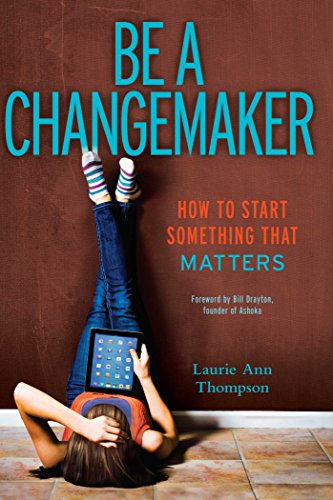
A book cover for Be a Changemaker: How to Start Something That Matters; Laurie Ann Thompson; Business & Money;